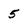
Character: 5